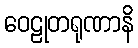
ဝေဠုတရုဏာနိ